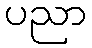
ပညာ